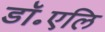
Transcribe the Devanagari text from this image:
डॉ॰एलि